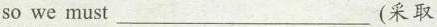
so we must__________(采取